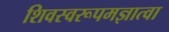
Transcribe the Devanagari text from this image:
शिवस्वरूपमज्ञात्वा